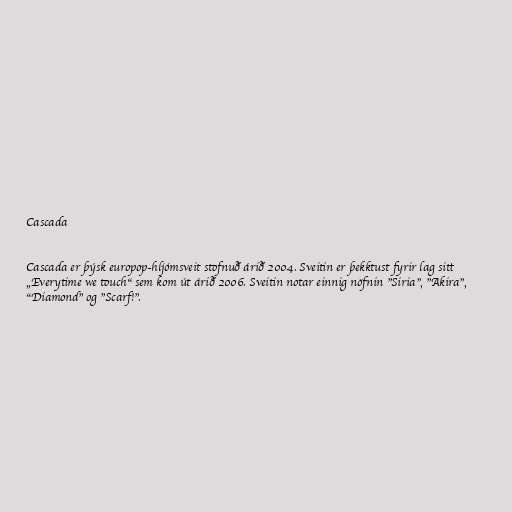
Cascada

Cascada er þýsk europop-hljómsveit stofnuð árið 2004. Sveitin er þekktust fyrir lag sitt
„Everytime we touch“ sem kom út árið 2006. Sveitin notar einnig nöfnin "Siria", "Akira",
"Diamond" og "Scarf!".